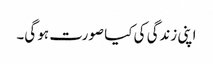
اپنی زندگی کی کیا صورت ہو گی۔